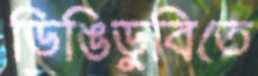
ডিঙিডুবিতে